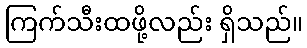
ကြက်သီးထဖို့လည်း ရှိသည်။